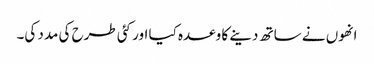
انھوں نے ساتھ دینے کا وعدہ کیا اور کئی طرح کی مدد کی۔